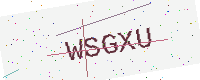
Text: WSGXU